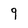
Character: 9